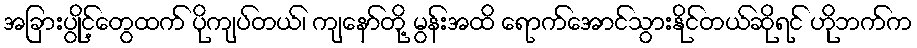
အခြားပွိုင့်တွေထက် ပိုကျပ်တယ်၊ ကျနော်တို့ မွန်းအထိ ရောက်အောင်သွားနိုင်တယ်ဆိုရင် ဟိုဘက်က